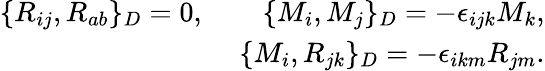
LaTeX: \begin{array}{r}{\{ R_{ij},R_{ab}\} _{D}=0,\qquad\{ M_{i},M_{j}\} _{D}=-\epsilon_{ijk}M_{k},}\\ {\{ M_{i},R_{jk}\} _{D}=-\epsilon_{ikm}R_{jm}.}\end{array}